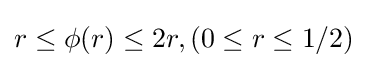
r\leq \phi (r)\leq 2r,\left(0\leq r\leq 1/2\right)\